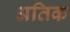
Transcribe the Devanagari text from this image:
अतिक